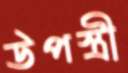
উপস্ত্রী